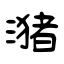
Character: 潴